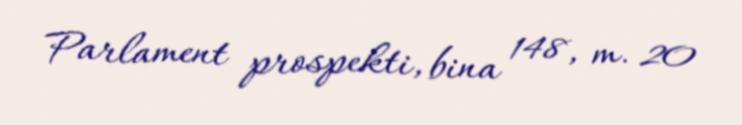
Parlament prospekti, bina 148, m. 20